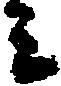
ミ